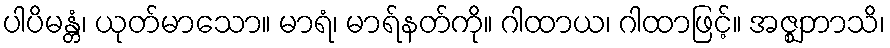
ပါပိမန္တံ၊ ယုတ်မာသော။ မာရံ၊ မာရ်နတ်ကို။ ဂါထာယ၊ ဂါထာဖြင့်။ အဇ္ဈဘာသိ၊